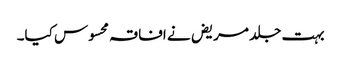
بہت جلد مریض نے افاقہ محسوس کیا۔